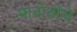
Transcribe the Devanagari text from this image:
मातोश्रींचे